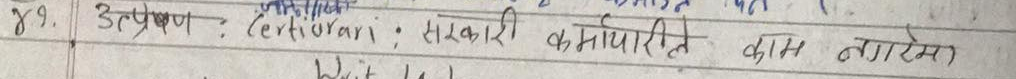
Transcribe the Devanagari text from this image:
४९. उत्प्रेषण (Certiorari: सरकारी कर्मचारीले काम नगरेमा)